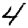
Digit: 4